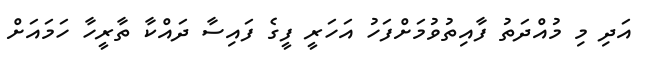
އަދި މި މުއްދަތު ފާއިތުވުމަށްފަހު އަހަރީ ފީގެ ފައިސާ ދައްކާ ތާރީހާ ހަމައަށް